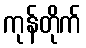
ကုန်တိုက်